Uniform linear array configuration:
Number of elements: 12
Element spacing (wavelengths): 0.25
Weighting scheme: binomial
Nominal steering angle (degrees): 0
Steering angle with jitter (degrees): -0.2295
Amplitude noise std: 0.05
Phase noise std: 0.05

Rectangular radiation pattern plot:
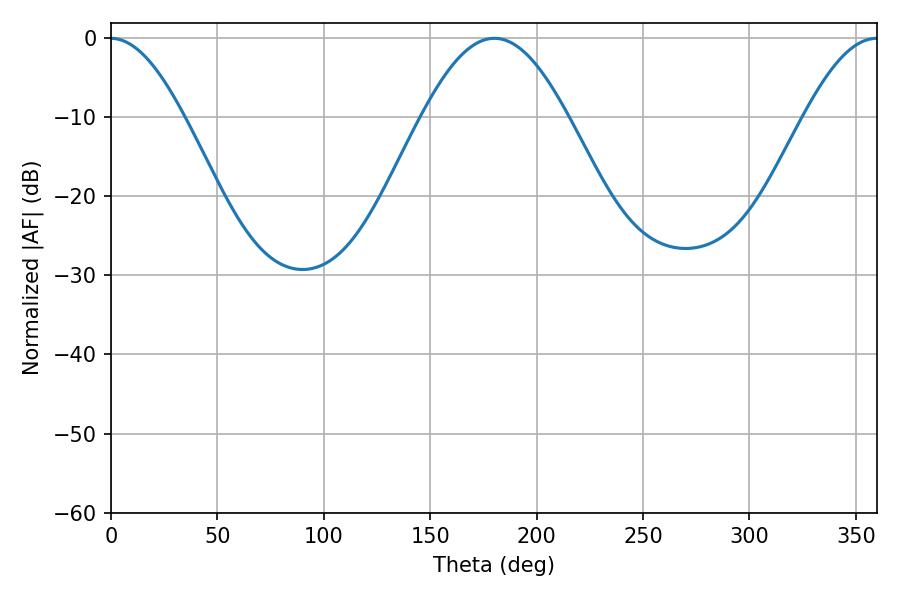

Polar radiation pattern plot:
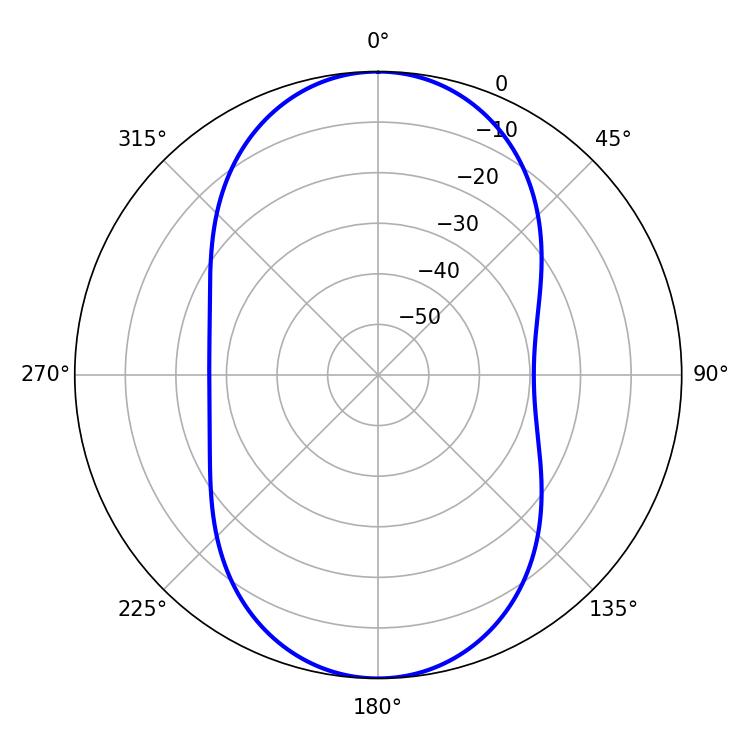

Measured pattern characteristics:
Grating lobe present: FALSE
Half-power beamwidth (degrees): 36.9
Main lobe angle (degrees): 180.18